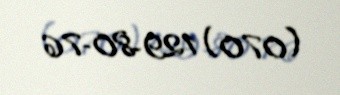
(070) 129-80-76